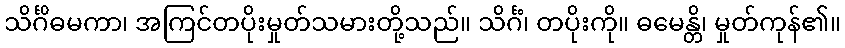
သိင်္ဂိဓမကာ၊ အကြင်တပိုးမှုတ်သမားတို့သည်။ သိင်္ဂံ၊ တပိုးကို။ ဓမေန္တိ၊ မှုတ်ကုန်၏။